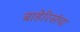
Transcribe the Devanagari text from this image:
बाहेरिसंचा